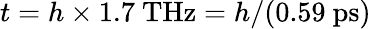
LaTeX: t=h\times 1.7~\mathrm{THz}=h/(0.59~\mathrm{ps})